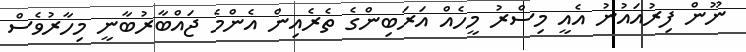
ނޫން ފިރުއައުނު އެއީ މިސްރު މީހެއް އަރަބިންގެ ތެރެއިން އެންމެ ޖައްބާރުބާނީ މިހާރުވެސް